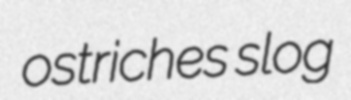
ostriches slog